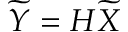
\widetilde { Y } = H \widetilde { X }